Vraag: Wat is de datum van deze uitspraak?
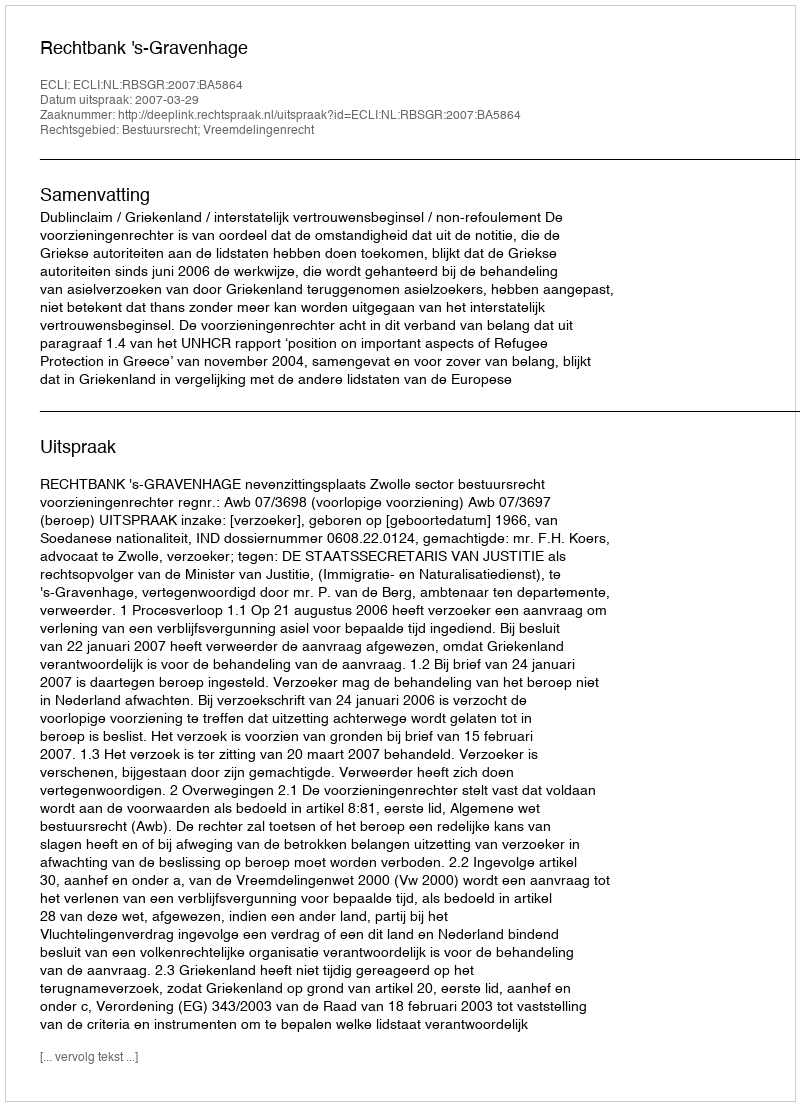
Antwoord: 2007-03-29